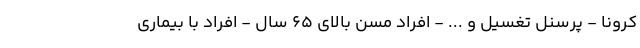
کرونا - پرسنل تغسیل و ... - افراد مسن بالای ۶۵ سال - افراد با بیماری